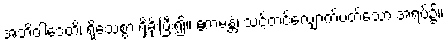
အဘိဝါဒေတိ၊ ရိုသေစွာ ရှိခိုးပြီး၍။ ဧကမန္တံ၊ သင့်တင့်လျှောက်ပတ်သော အရပ်၌။